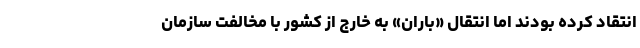
انتقاد کرده بودند اما انتقال «باران» به خارج از کشور با مخالفت سازمان